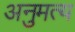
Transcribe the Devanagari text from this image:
अनुमत्य